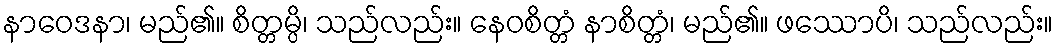
နာဝေဒနာ၊ မည်၏။ စိတ္တမ္ပိ၊ သည်လည်း။ နေဝစိတ္တံ နာစိတ္တံ၊ မည်၏။ ဖဿောပိ၊ သည်လည်း။